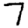
Digit: 7